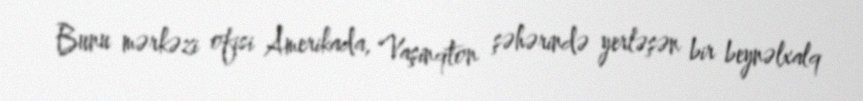
Bunu mərkəzi ofisi Amerikada, Vaşinqton şəhərində yerləşən bir beynəlxalq